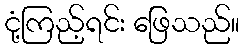
ငုံ့ကြည့်ရင်း ဖြေသည်။